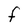
Character: F